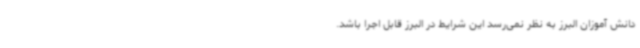
دانش آموزان البرز به نظر نمی‌رسد این شرایط در البرز قابل اجرا باشد.